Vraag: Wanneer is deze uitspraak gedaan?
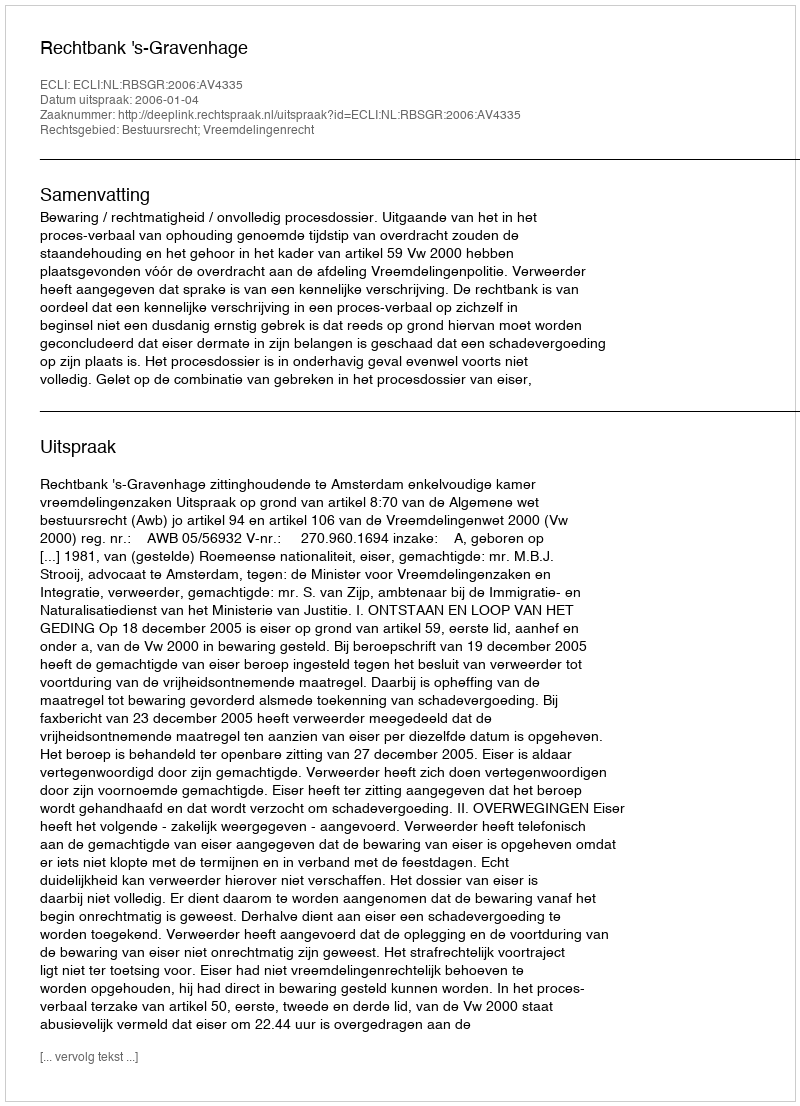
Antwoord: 2006-01-04